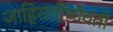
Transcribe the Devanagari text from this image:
जाहिरातींभोवती